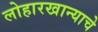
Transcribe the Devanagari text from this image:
लोहारखान्याचे